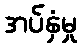
အပ်နှံမှု